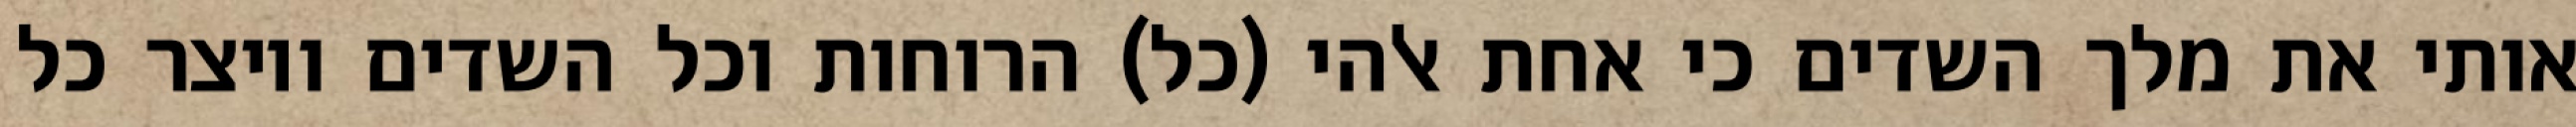
אותי את מלך השדים כי אחת אלהי (כל) הרוחות וכל השדים ויוצר כל